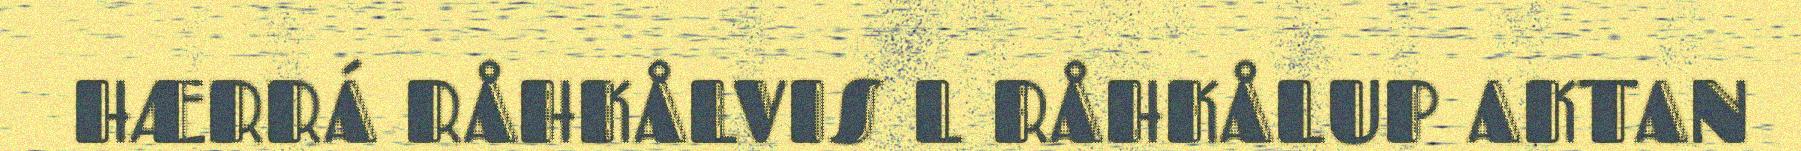
HÆRRÁ RÅHKÅLVIS L RÅHKÅLUP AKTAN